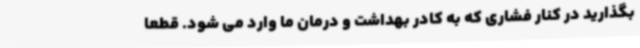
بگذارید در کنار فشاری که به کادر بهداشت و درمان ما وارد می شود. قطعا